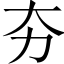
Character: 夯